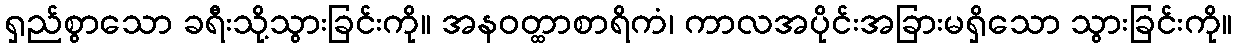
ရှည်စွာသော ခရီးသို့သွားခြင်းကို။ အနဝတ္ထာစာရိကံ၊ ကာလအပိုင်းအခြားမရှိသော သွားခြင်းကို။